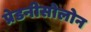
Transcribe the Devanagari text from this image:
प्रेडनीसोलोन